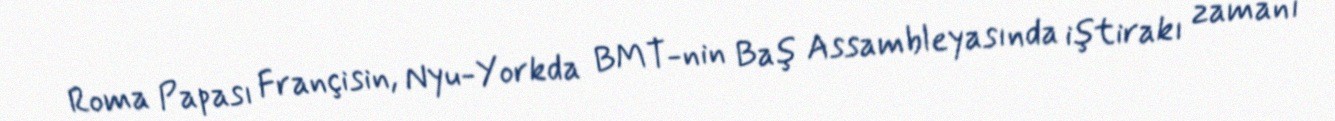
Roma Papası Françisin, Nyu-Yorkda BMT-nin Baş Assambleyasında iştirakı zamanı